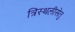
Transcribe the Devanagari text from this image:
त्रिस्थलीसेतु